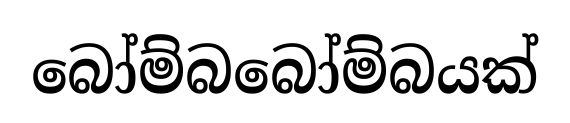
බෝම්බබෝම්බයක්